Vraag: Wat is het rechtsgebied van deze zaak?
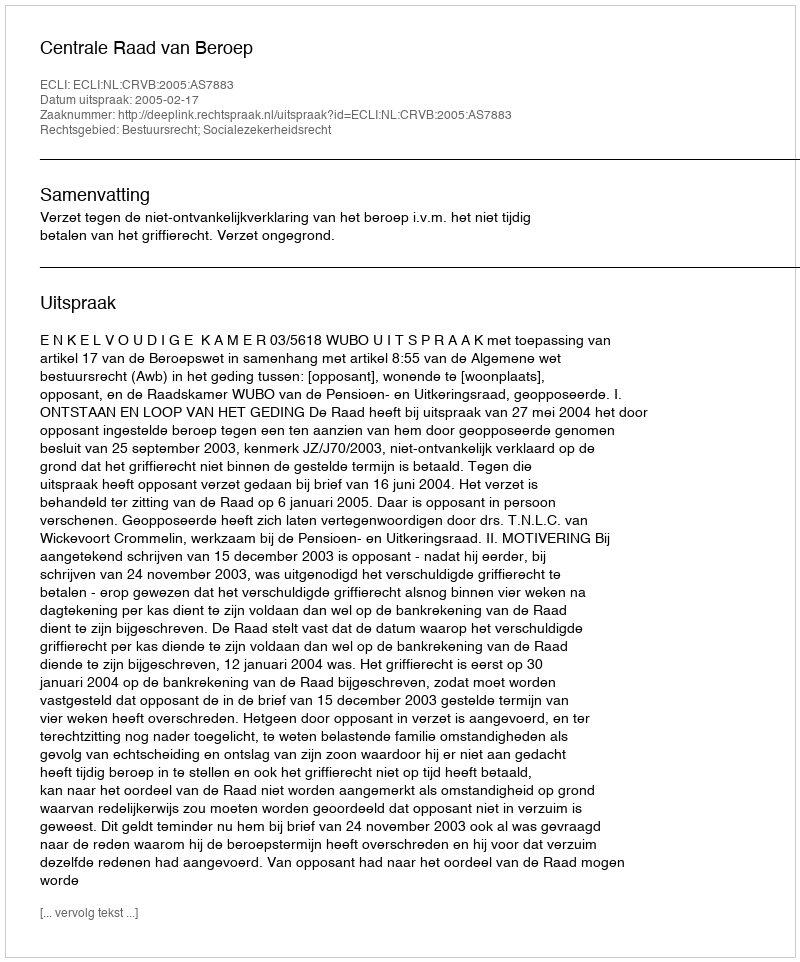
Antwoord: Bestuursrecht; Socialezekerheidsrecht